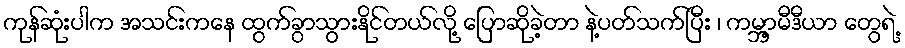
ကုန်ဆုံးပါက အသင်းကနေ ထွက်ခွာသွားနိုင်တယ်လို့ ပြောဆိုခဲ့တာ နဲ့ပတ်သက်ပြီး ၊ ကမ္ဘာ့မီဒီယာ တွေရဲ့